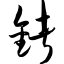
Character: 锗